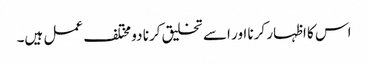
اس کا اظہار کرنا اور اسے تخلیق کرنا دو مختلف عمل ہیں۔